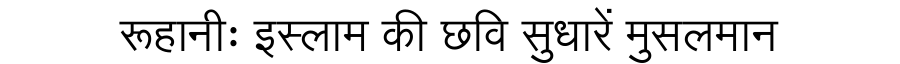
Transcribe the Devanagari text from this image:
रूहानीः इस्लाम की छवि सुधारें मुसलमान